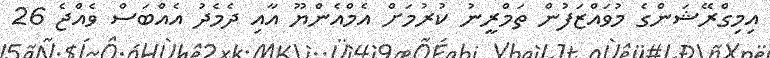
އިމިގްރޭޝަންގެ މުވައްޒަފުން ތަމްރީނު ކުރުމަށް އެމްއެންޔޫ އާއި ދެމެދު އެއްބަސް ވެއްޖެ 26